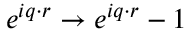
e ^ { i \boldsymbol { q } \cdot \boldsymbol { r } } \rightarrow e ^ { i \boldsymbol { q } \cdot \boldsymbol { r } } - 1